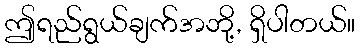
ဤရည်ရွယ်ချက်အဘို့, ရှိပါတယ်။